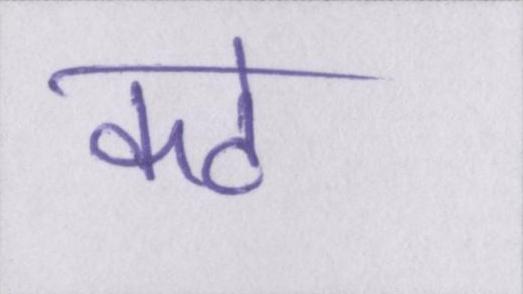
कटे